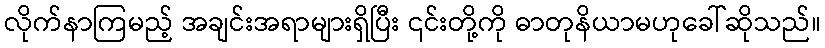
လိုက်နာကြမည့် အချင်းအရာများရှိပြီး ၎င်းတို့ကို ဓာတုနိယာမဟုခေါ်ဆိုသည်။